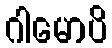
ဂါမောပိ